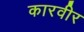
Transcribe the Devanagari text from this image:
कारवीर